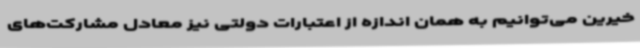
خیرین می‌توانیم به همان اندازه از اعتبارات دولتی نیز معادل مشارکت‌های